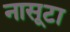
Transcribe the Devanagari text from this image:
नासूटा